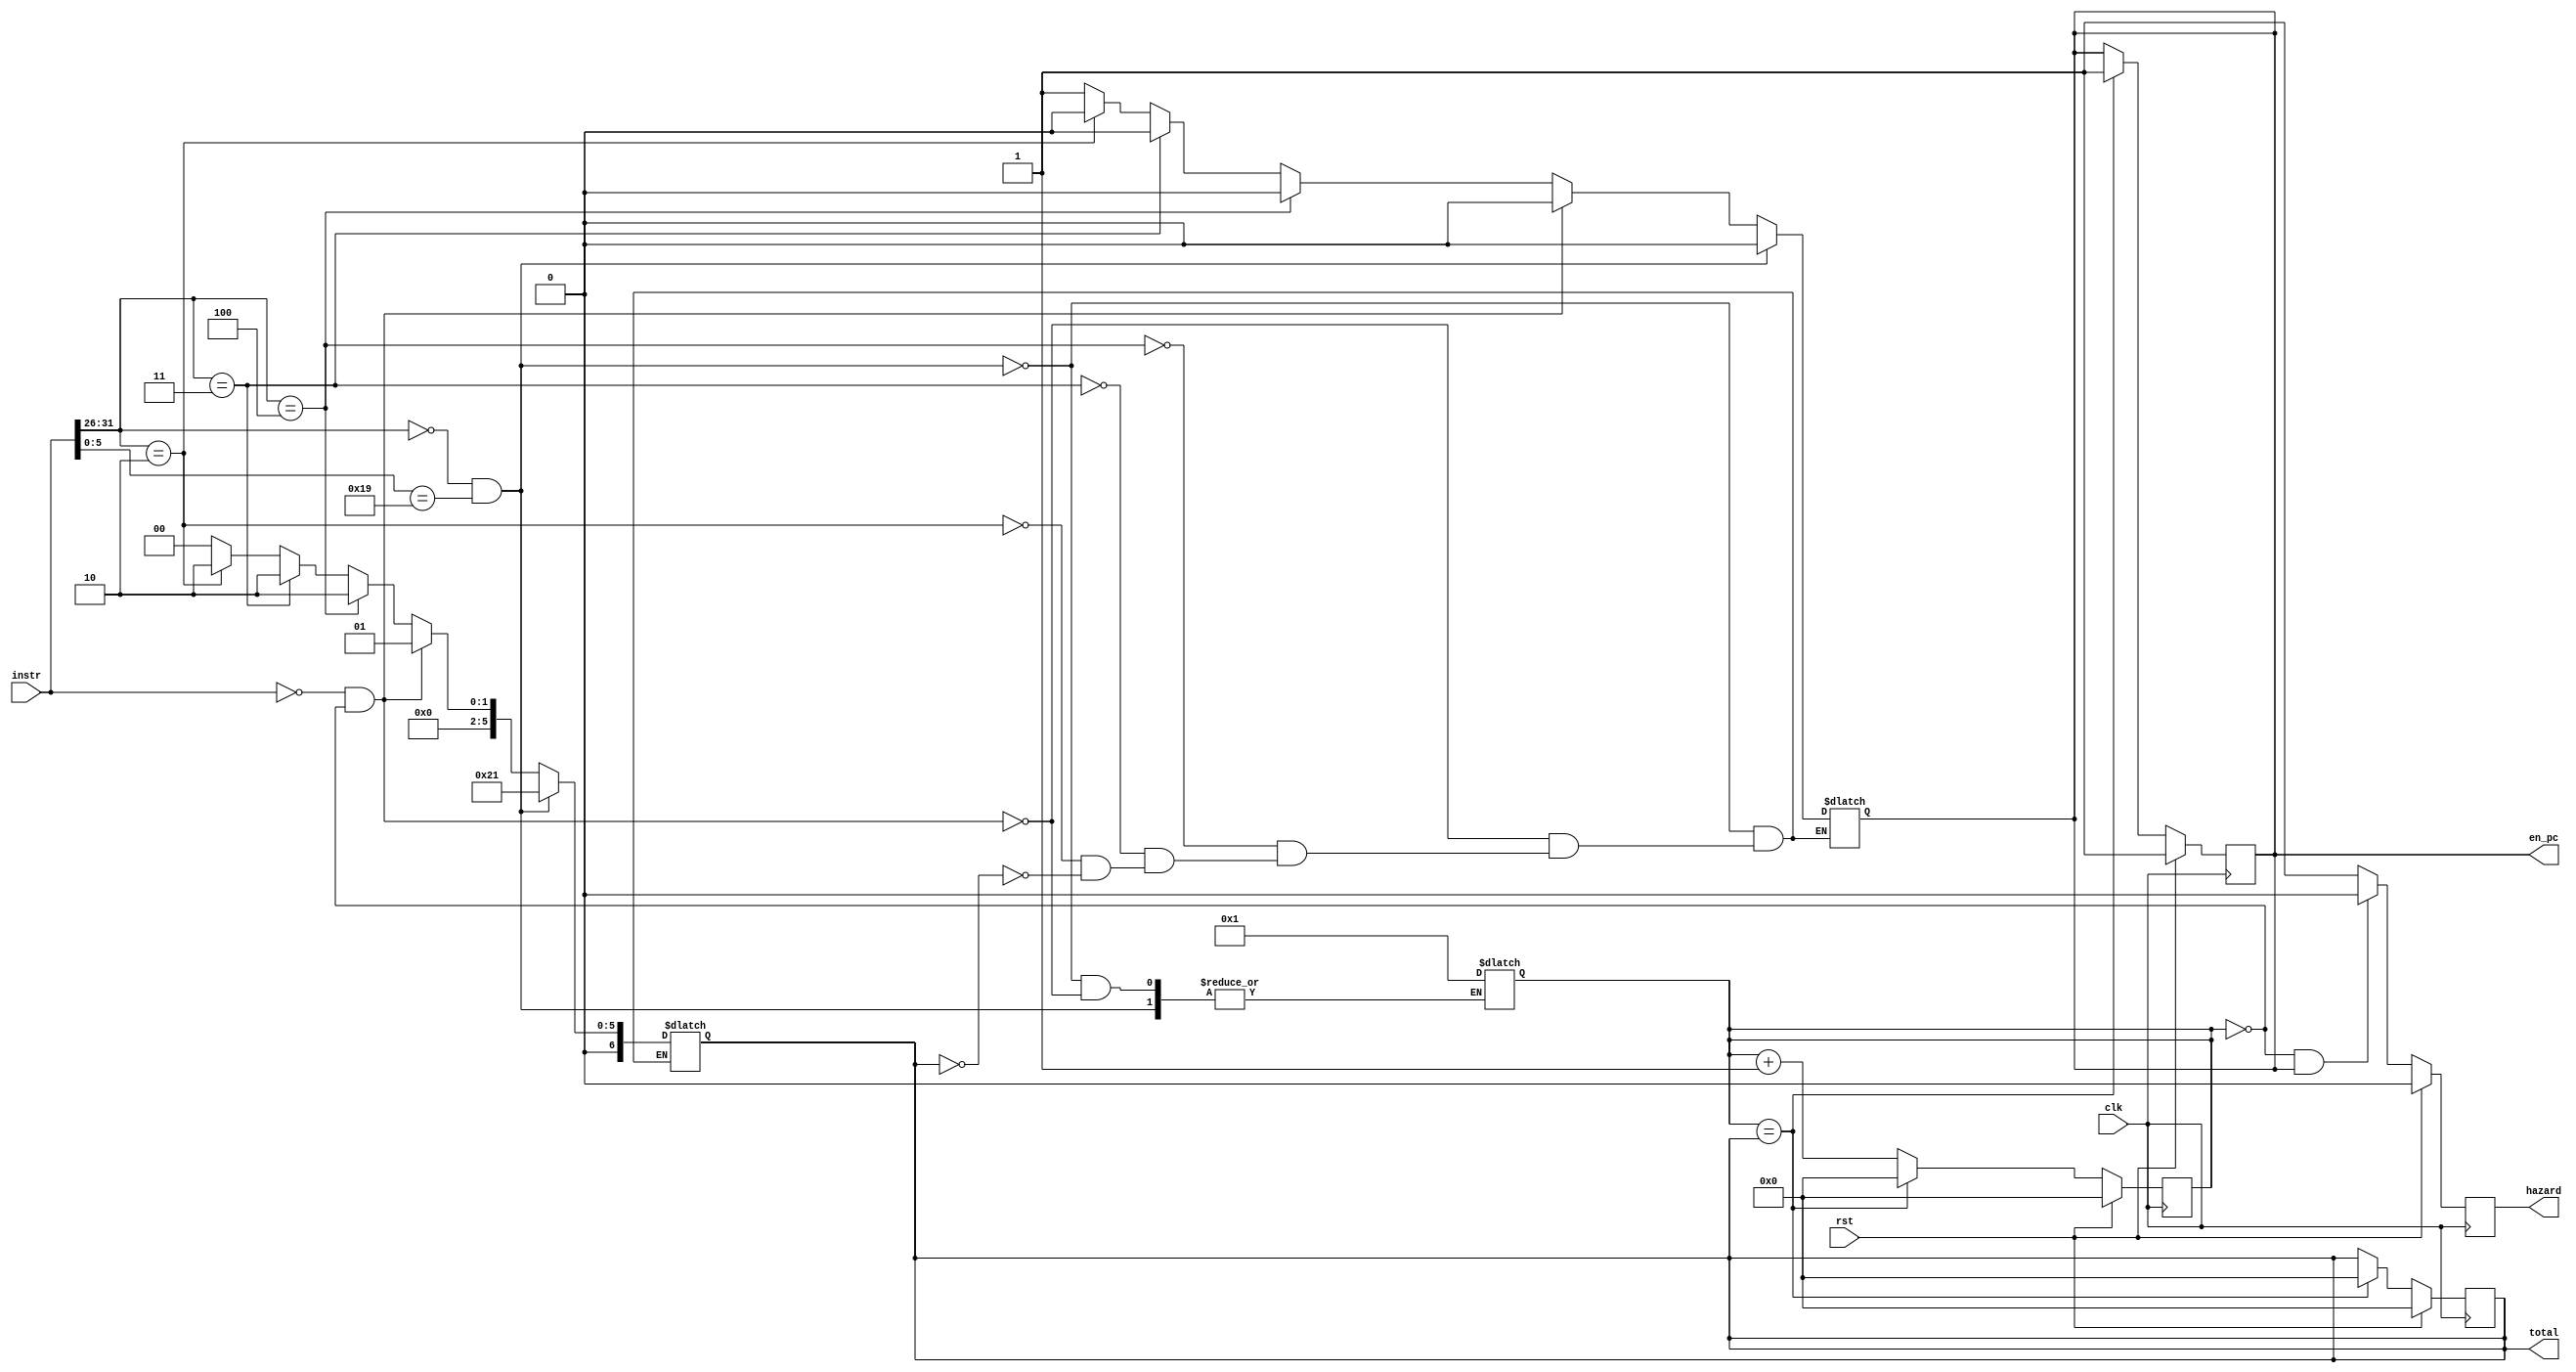
module hazard( clk, rst, instr, en_pc, hazard, total );
	input clk, rst;
	input [31:0] instr;
	output reg en_pc, hazard;
	output reg [6:0] total;
	
	reg [6:0] count;
	
	always @ ( instr ) begin
		
        if ( instr[31:26] == 6'd0 && instr[5:0] == 6'd25 ) begin
            total <= 33;
	        en_pc <= 0;
        end
		else if ( instr[31:0] == 32'd0 && count == 0 ) begin
			count <= 1;
            total <= 1;
	        en_pc <= 0;
        end
        else if ( instr[31:26] == 6'd4 ) begin
            total <= 2;
	        en_pc <= 0;
        end
		else if ( instr[31:26] == 6'd3 ) begin
            total <= 2;
	        en_pc <= 0;
        end
        else if ( instr[31:26] == 6'd2 ) begin
            total <= 2;
	        en_pc <= 0;
        end
        else if ( total == 0 ) begin
		  total <= 0;	
	      en_pc <= 1;
        end		
		
	end
	
	always @ ( posedge clk ) begin
	    if ( rst ) begin
	        count <= 0;
	   	    total <= 0;
			en_pc <= 1;
			hazard <= 0;
	    end
	    else begin
		    if ( count == 1'b0 && en_pc == 1'b1 ) hazard <= 0;
			else hazard <= 1;
			
	        count <= count + 1;
	        if ( count == total ) begin
	          en_pc <= 1;
		      count <= 0;
			  total <= 0;
	        end	
	    end	
	end


endmodule